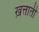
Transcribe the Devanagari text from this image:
ख़त्ताती